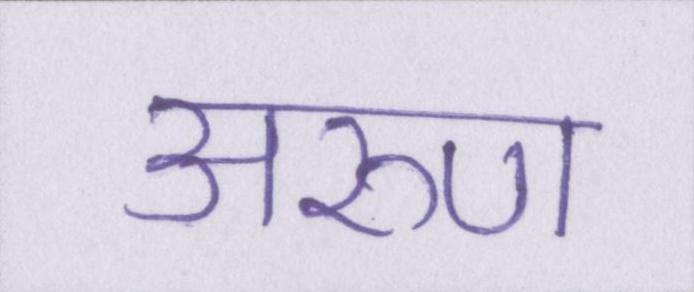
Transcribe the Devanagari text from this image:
अरुण